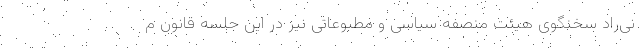
نی‌راد سخنگوی هیئت منصفه سیاسی و مطبوعاتی نیز در این جلسه قانون م